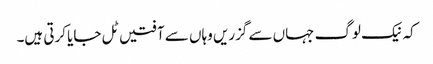
کہ نیک لوگ جہاں سے گزریں وہاں سے آفتیں ٹل جایا کرتی ہیں۔